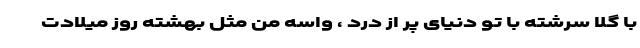
با گلا سرشته با تو دنیای پر از درد ، واسه من مثل بهشته روز میلادت